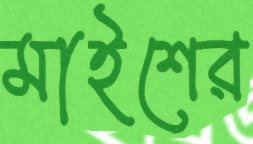
মাইশের